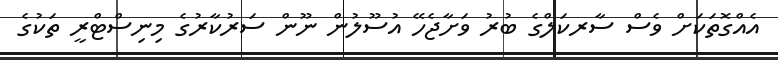
އެއްގޮތަަކަށް ވެސް ސާރކަލްގެ ބުރު ވަށާޖެހޭ އުސޫލުން ނޫން ސަރުކާރުގެ މިނިސްޓްރީ ތަކުގެ